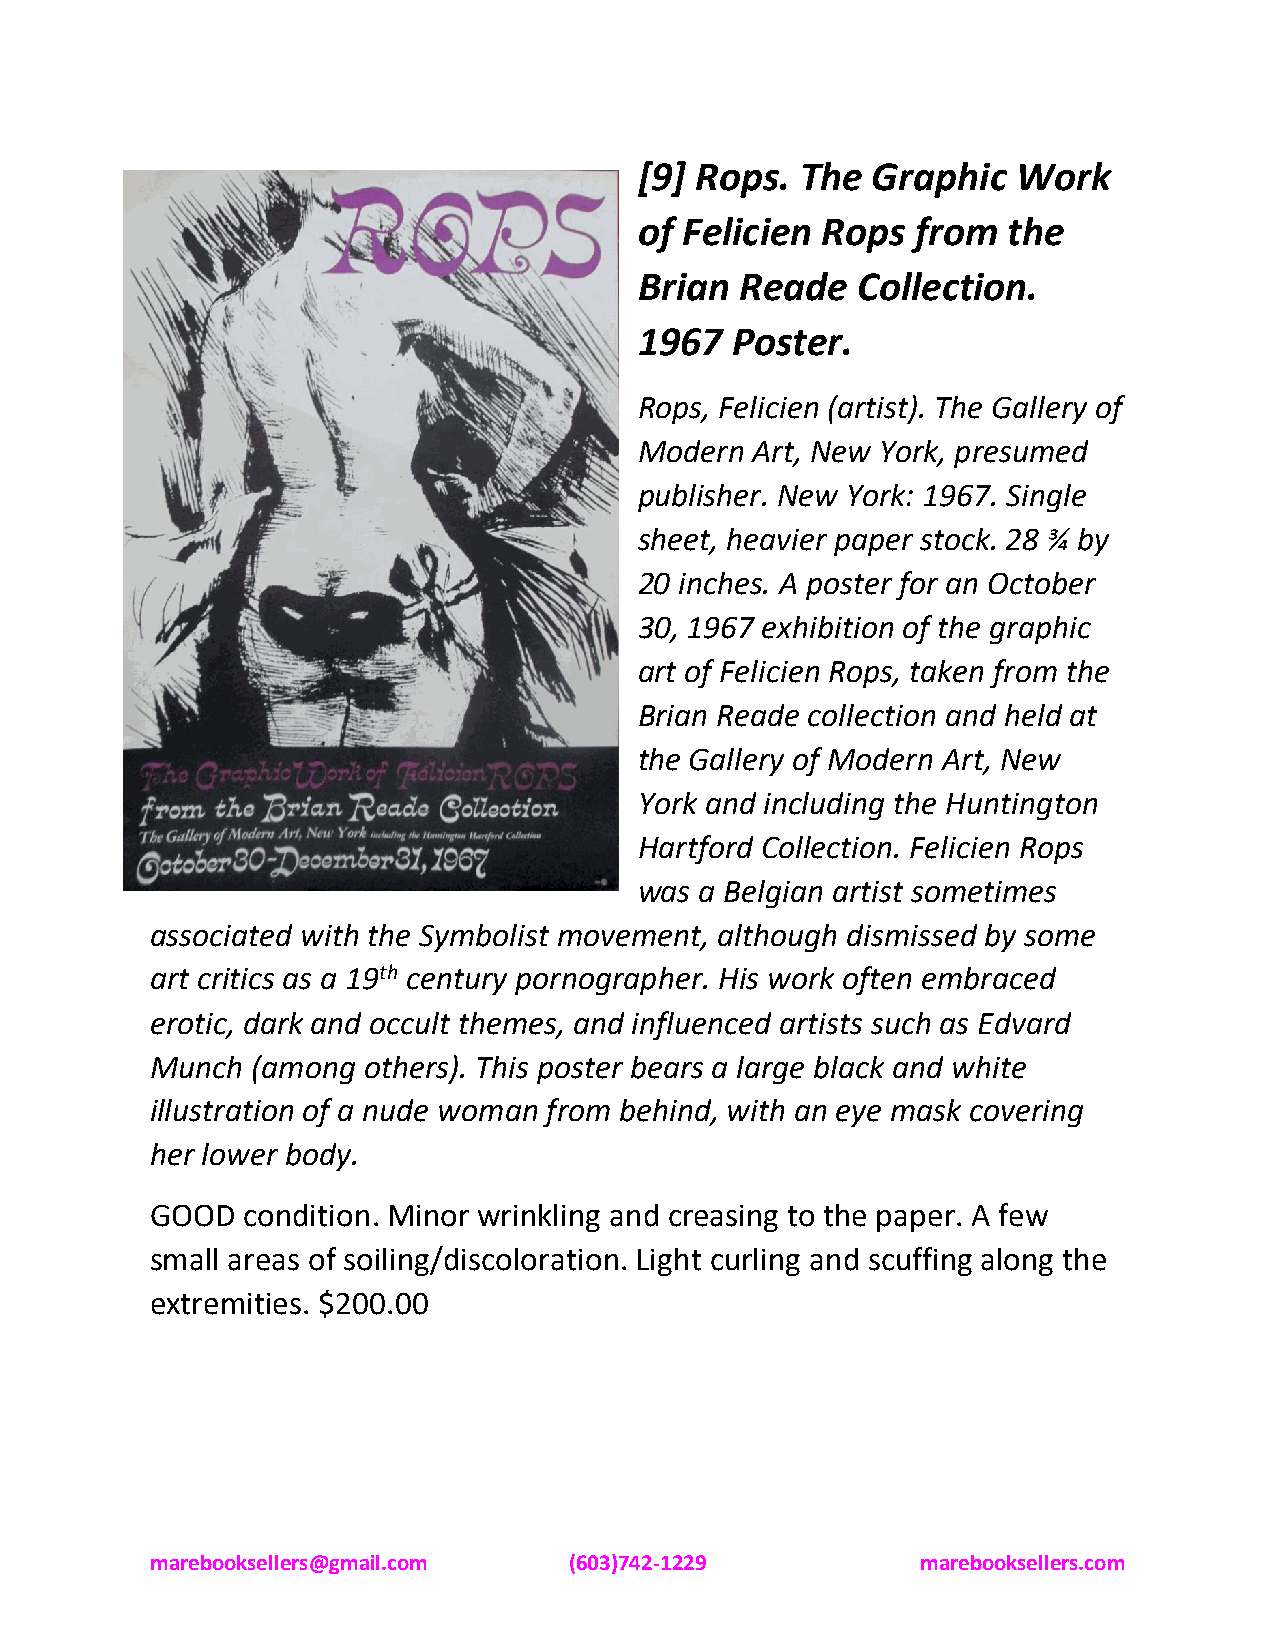
[9] Rops.  The  Graphic  Work
 of Felicien Rops   from  the
 Brian  Reade   Collection.
 1967  Poster.
 Rops, Felicien (artist). The Gallery of
 Modern  Art, New York, presumed
 publisher. New York: 1967. Single
 sheet, heavier paper stock. 28 ¾ by
 20 inches. A poster for an October
 30, 1967 exhibition of the graphic
 art of Felicien Rops, taken from the
 Brian Reade collection and held at
 the Gallery of Modern Art, New
 York and including the Huntington
 Hartford Collection. Felicien Rops
 was a Belgian artist sometimes
 associated with the Symbolist movement, although dismissed by some
 art critics as a 19th century pornographer. His work often embraced
 erotic, dark and occult themes, and influenced artists such as Edvard
 Munch  (among others). This poster bears a large black and white
 illustration of a nude woman from behind, with an eye mask covering
 her lower body.
 GOOD  condition. Minor wrinkling and creasing to the paper. A few
 small areas of soiling/discoloration. Light curling and scuffing along the
 extremities. $200.00
 marebooksellers@gmail.com   (603)742-1229          marebooksellers.com